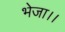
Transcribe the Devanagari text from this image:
भेजा।।